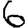
Digit: 6